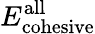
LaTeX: E_{\mathrm{cohesive}}^{\mathrm{all}}